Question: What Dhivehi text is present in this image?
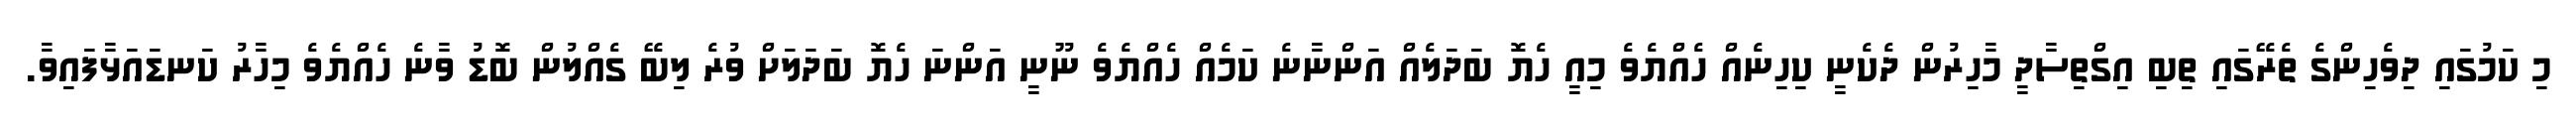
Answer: މި ކަމުގައި ދިވެހިންގެ ތެރޭގައި ތިބި އިގްތިސާދީ މާހިރުން ދެކެނީ ކިހިނެއް ހެއްޔެވެ މިއީ ހެޔޮ ބަދަލެއް އަންނާނެ ކަމެއް ހެއްޔެވެ ނޫނީ އަންނަ ހެޔޮ ބަދަލަށް ވުރެ ލިބޭ ގެއްލުން ބޮޑު ވާނެ ހެއްޔެވެ މިހާރު ކަނޑައަޅާފައިވާ.